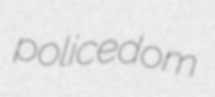
policedom